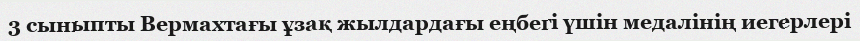
3 сыныпты Вермахтағы ұзақ жылдардағы еңбегі үшін медалінің иегерлері